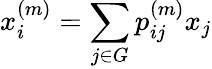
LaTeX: x_{i}^{\left(m\right)}=\sum_{j\in G}p_{ij}^{\left(m\right)}x_{j}